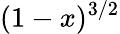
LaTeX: (1-x)^{3/2}